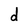
Character: d